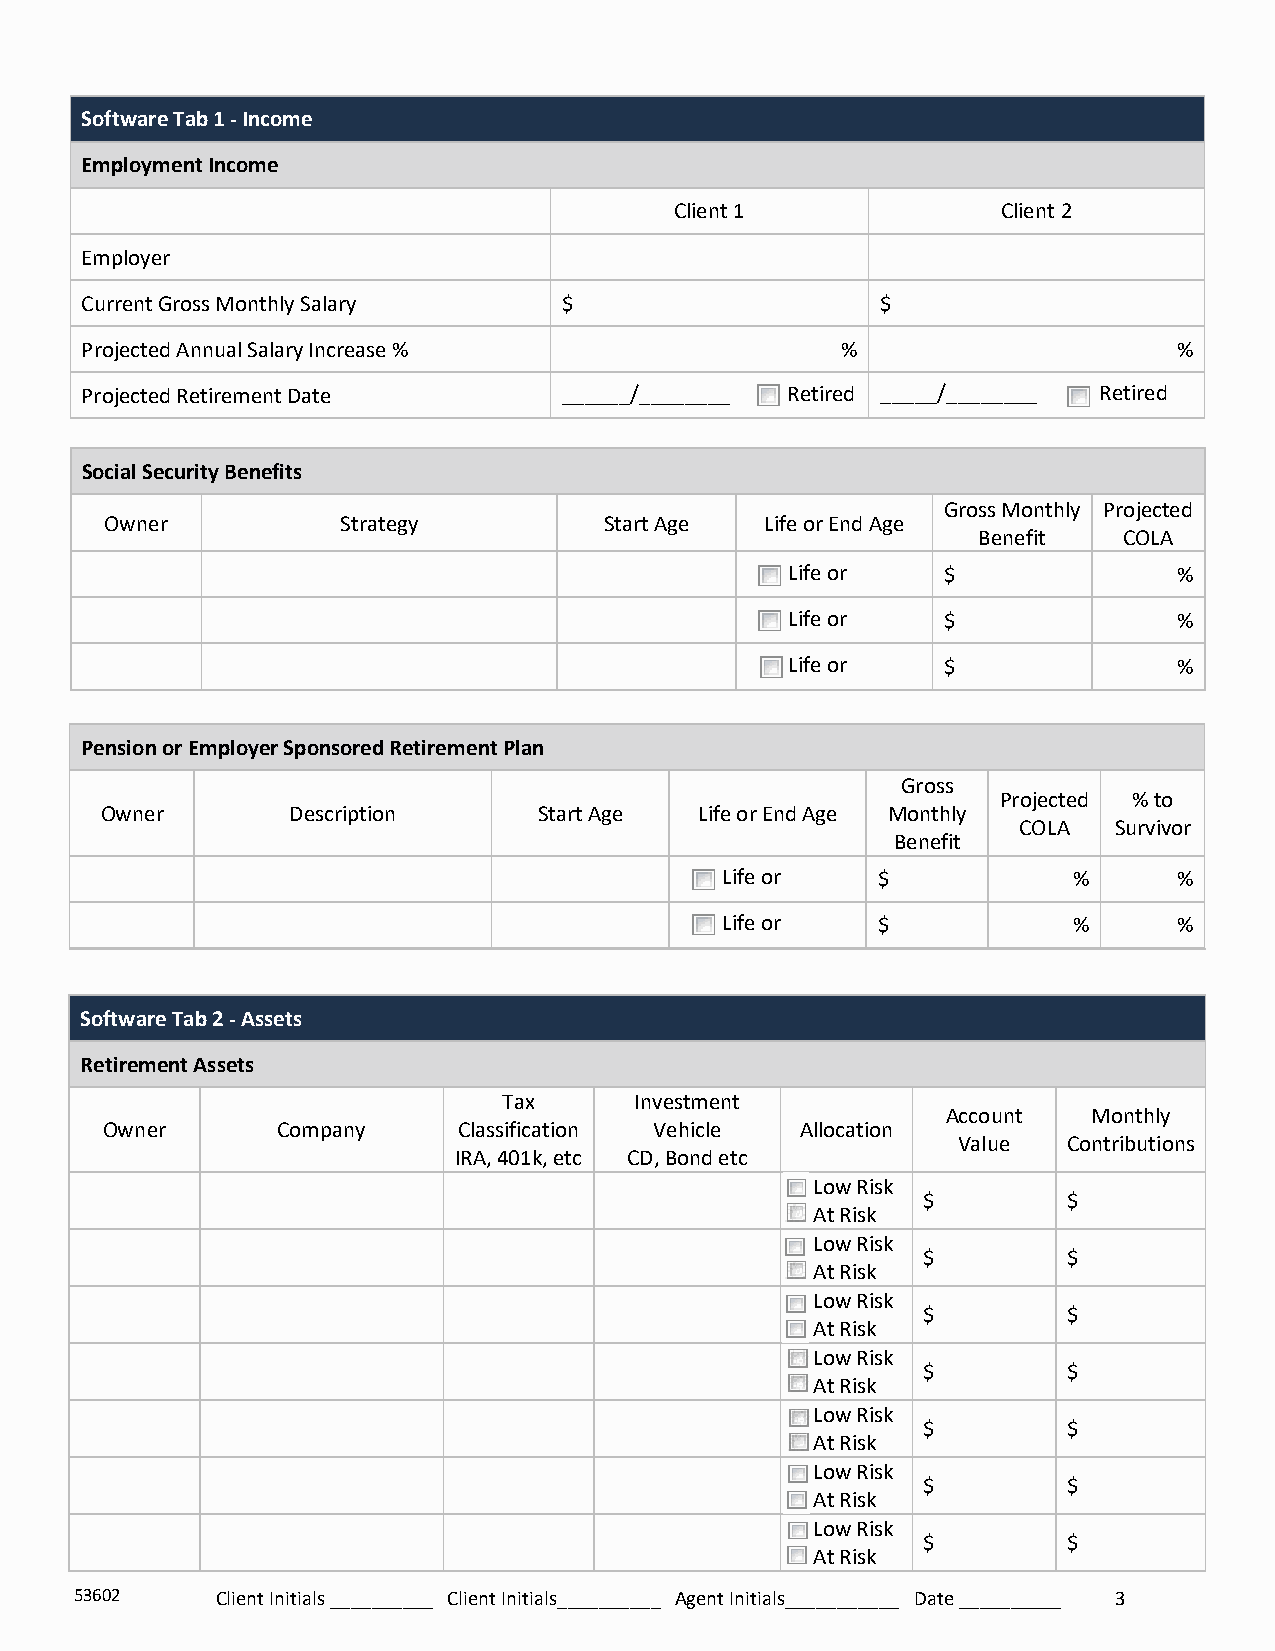
Software Tab 1 - Income
 Employment Income
 Client 1             Client 2
 Employer
 Current Gross Monthly Salary    $                    $
 Projected Annual Salary Increase %                 %                     %
 Projected Retirement Date       ______/________ Retired _____/________ Retired
 Social Security Benefits
 Gross Monthly Projected
 Owner           Strategy         Start Age  Life or End Age
 Benefit  COLA
 Life or   $               %
 Life or   $               %
 Life or   $               %
 Pension or Employer Sponsored Retirement Plan
 Gross
 Projected % to
 Owner       Description      Start Age Life or End Age Monthly
 COLA   Survivor
 Benefit
 Life or   $            %      %
 Life or   $            %      %
 Software Tab 2 - Assets
 Retirement Assets
 Tax      Investment
 Account  Monthly
 Owner      Company     Classification Vehicle Allocation
 Value   Contributions
 IRA, 401k, etc CD, Bond etc
 Low Risk
 $         $
 At Risk
 Low Risk
 $         $
 At Risk
 Low Risk
 $         $
 At Risk
 Low Risk
 $         $
 At Risk
 Low Risk
 $         $
 At Risk
 Low Risk
 $         $
 At Risk
 Low Risk
 $         $
 At Risk
 53602    Client Initials __________ Client Initials__________ Agent Initials___________ Date __________ 3